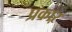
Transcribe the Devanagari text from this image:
प्रकाऱ